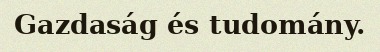
Gazdaság és tudomány.